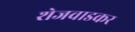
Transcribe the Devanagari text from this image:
शेजवाडकर